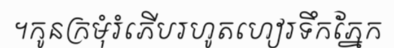
។កូនក្រមុំរំភើបរហូតហៀរទឹកភ្នែក